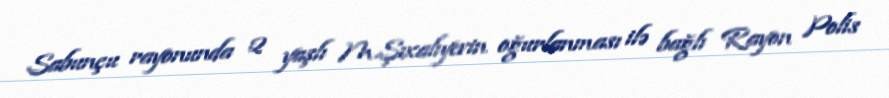
Sabunçu rayonunda 2 yaşlı M.Şıxalıyevin oğurlanması ilə bağlı Rayon Polis